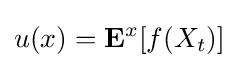
u(x)=\mathbf {E} ^{x}[f(X_{t})]